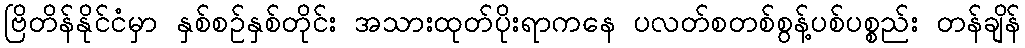
ဗြိတိန်နိုင်ငံမှာ နှစ်စဉ်နှစ်တိုင်း အသားထုတ်ပိုးရာကနေ ပလတ်စတစ်စွန့်ပစ်ပစ္စည်း တန်ချိန်